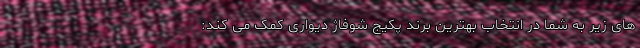
های زیر به شما در انتخاب بهترین برند پکیج شوفاژ دیواری کمک می کند: